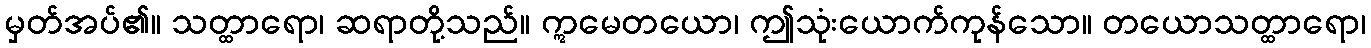
မှတ်အပ်၏။ သတ္ထာရော၊ ဆရာတို့သည်။ ဣမေတယော၊ ဤသုံးယောက်ကုန်သော။ တယောသတ္ထာရော၊